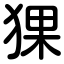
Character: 猓